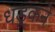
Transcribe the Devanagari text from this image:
धड़्कने